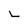
Character: L